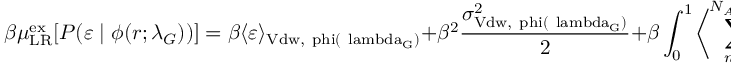
\beta \mu _ { \mathrm { { L R } } } ^ { \mathrm { { e x } } } [ P ( \varepsilon \; | \; \phi ( r ; \lambda _ { G } ) ) ] = \beta \langle \varepsilon \rangle _ { \mathrm { { V d w } , \ p h i ( \ l a m b d a _ { G } ) } } + \beta ^ { 2 } \frac { \sigma _ { \mathrm { { V d w } , \ p h i ( \ l a m b d a _ { G } ) } } ^ { 2 } } { 2 } + \beta \int _ { 0 } ^ { 1 } \biggl < \sum _ { n = 1 } ^ { N _ { A t o m s } } q _ { n } \psi _ { n } ( \gamma q _ { n } ) \biggr > _ { \phi ( \lambda _ { G } ) } d \gamma